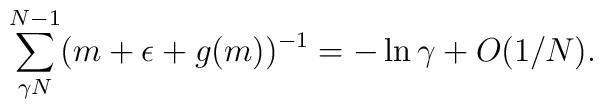
\sum^{N-1}_{\gamma N} (m + \epsilon + g(m))^{-1} = - \ln \gamma + O(1/N).